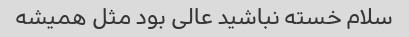
سلام خسته نباشید عالی بود مثل همیشه